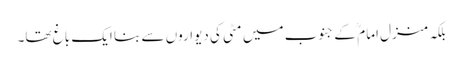
بلکہ منزل امام ؒ کے جنوب میں مٹی کی دیواروں سے بنا ایک باغ تھا۔